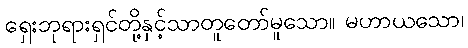
ရှေးဘုရားရှင်တို့နှင့်သာတူတော်မူသော။ မဟာယသော၊